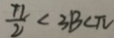
\frac { \pi } { 2 } < 3 B < \pi